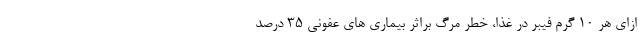
ازای هر 10 گرم فیبر در غذا، خطر مرگ براثر بیماری های عفونی 35 درصد